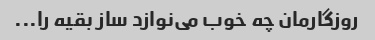
روزگارمان چه خوب می‌نوازد ساز بقیه را...